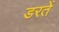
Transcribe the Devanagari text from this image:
डरतें